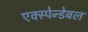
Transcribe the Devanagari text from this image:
एक्स्पेन्डेबल